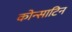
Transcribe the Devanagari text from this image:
कोन्साटिन